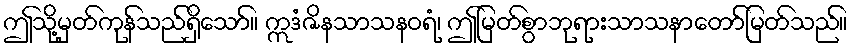
ဤသို့မှတ်ကုန်သည်ရှိသော်။ ဣဒံဇိနသာသနဝရံ၊ ဤမြတ်စွာဘုရားသာသနာတော်မြတ်သည်။